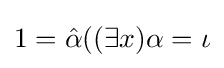
1={\hat {\alpha }}((\exists x)\alpha =\iota